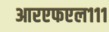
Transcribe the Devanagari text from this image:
आरएफएल१११